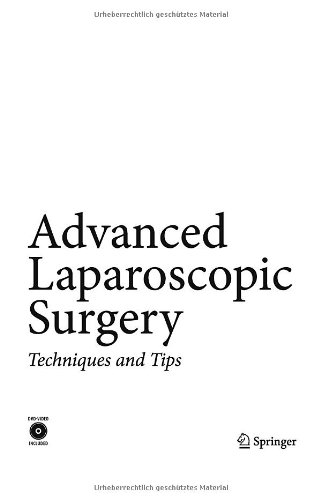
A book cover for Advanced Laparoscopic Surgery: Techniques and Tips; Namir Katkhouda; Medical Books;